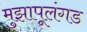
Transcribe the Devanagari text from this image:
मुझापूलंगड